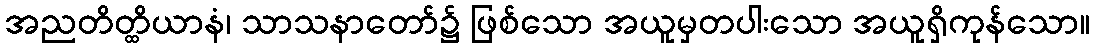
အညတိတ္ထိယာနံ၊ သာသနာတော်၌ ဖြစ်သော အယူမှတပါးသော အယူရှိကုန်သော။